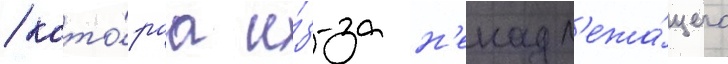
/ кото́раа и́з-за н'енадл'ежа́щего